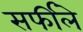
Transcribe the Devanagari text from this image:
सर्फीले